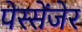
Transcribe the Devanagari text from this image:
पेस्सेंजेर